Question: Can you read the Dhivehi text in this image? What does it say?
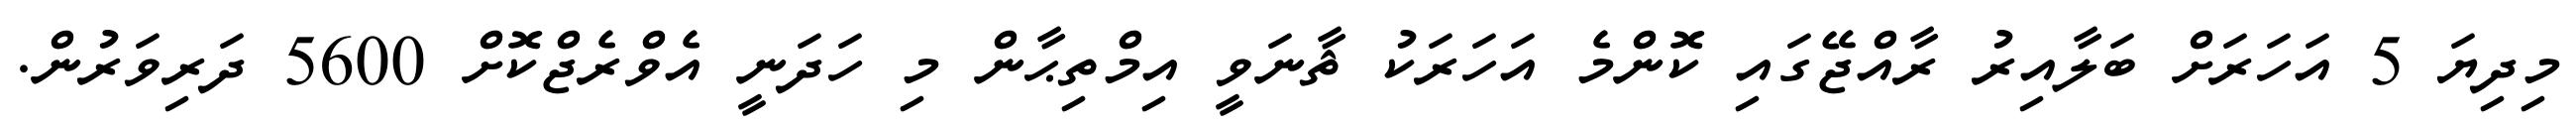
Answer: މިދިޔަ 5 އަހަރަށް ބަލާއިރު ރާއްޖޭގައި ކޮންމެ އަހަރަކު ޘާނަވީ އިމްތިޙާން މި ހަދަނީ އެވްރެޖްކޮށް 5600 ދަރިވަރުން.